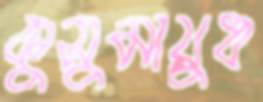
কুসুমায়ুধ